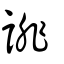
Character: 誹